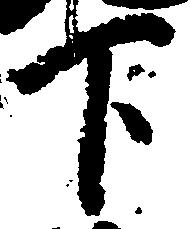
下